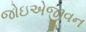
જોઇએજીવન